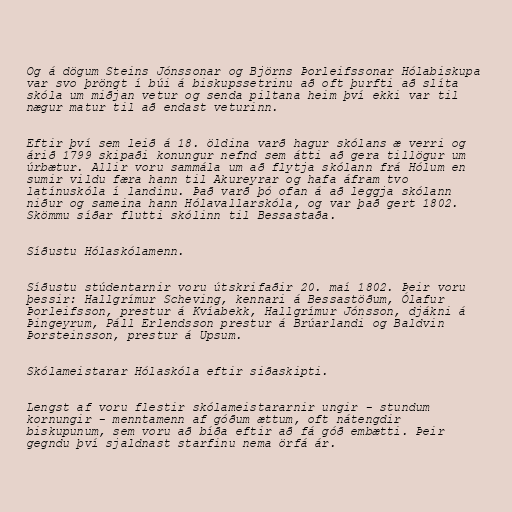
Og á dögum Steins Jónssonar og Björns Þorleifssonar Hólabiskupa
var svo þröngt í búi á biskupssetrinu að oft þurfti að slíta
skóla um miðjan vetur og senda piltana heim því ekki var til
nægur matur til að endast veturinn.

Eftir því sem leið á 18. öldina varð hagur skólans æ verri og
árið 1799 skipaði konungur nefnd sem átti að gera tillögur um
úrbætur. Allir voru sammála um að flytja skólann frá Hólum en
sumir vildu færa hann til Akureyrar og hafa áfram tvo
latínuskóla í landinu. Það varð þó ofan á að leggja skólann
niður og sameina hann Hólavallarskóla, og var það gert 1802.
Skömmu síðar flutti skólinn til Bessastaða.

Síðustu Hólaskólamenn.

Síðustu stúdentarnir voru útskrifaðir 20. maí 1802. Þeir voru
þessir: Hallgrímur Scheving, kennari á Bessastöðum, Ólafur
Þorleifsson, prestur á Kvíabekk, Hallgrímur Jónsson, djákni á
Þingeyrum, Páll Erlendsson prestur á Brúarlandi og Baldvin
Þorsteinsson, prestur á Upsum.

Skólameistarar Hólaskóla eftir siðaskipti.

Lengst af voru flestir skólameistararnir ungir - stundum
kornungir - menntamenn af góðum ættum, oft nátengdir
biskupunum, sem voru að bíða eftir að fá góð embætti. Þeir
gegndu því sjaldnast starfinu nema örfá ár.